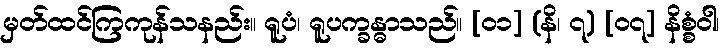
မှတ်ထင်ကြကုန်သနည်း။ ရူပံ၊ ရူပက္ခန္ဓာသည်။ [၀၁] (နိ၊ ၇) [၀၇] နိစ္စံဝါ၊